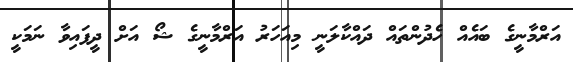
އަރްމާނީގެ ބައެއް ހެދުންތައް ދައްކާލަނީ މިއަހަރު އަރްމާނީގެ ޝޯ އަށް ދީފައިވާ ނަމަކީ